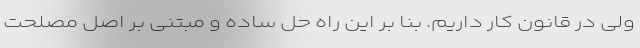
ولی در قانون کار داریم. بنا بر این راه حل ساده و مبتنی بر اصل مصلحت